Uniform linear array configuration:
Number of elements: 32
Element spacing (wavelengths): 1
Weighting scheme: hann
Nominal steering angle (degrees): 45
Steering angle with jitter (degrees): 45.338
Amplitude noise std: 0.05
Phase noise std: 0.05

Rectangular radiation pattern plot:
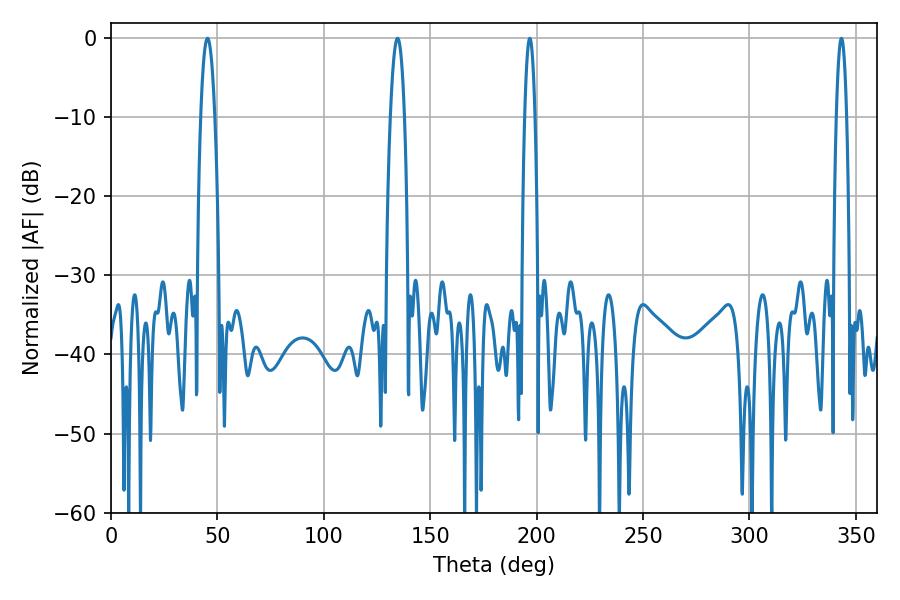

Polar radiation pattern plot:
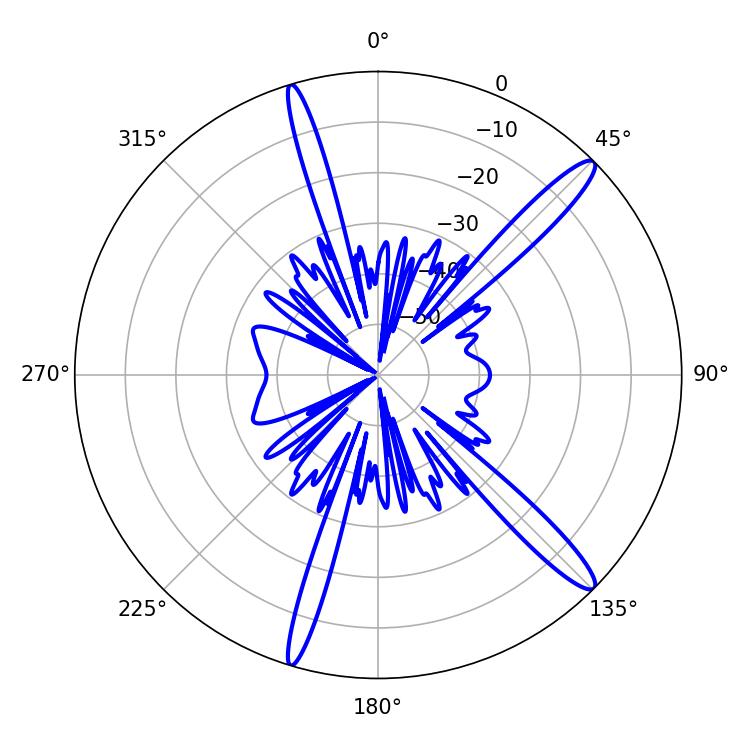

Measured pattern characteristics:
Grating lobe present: TRUE
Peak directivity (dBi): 14.604
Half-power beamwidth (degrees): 3.6
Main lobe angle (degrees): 134.64